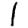
Digit: 1